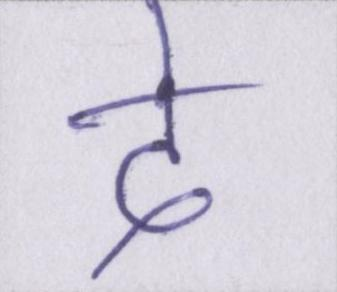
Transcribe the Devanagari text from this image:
दे